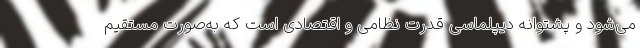
می‌شود و پشتوانه دیپلماسی قدرت نظامی و اقتصادی است که به‌صورت مستقیم